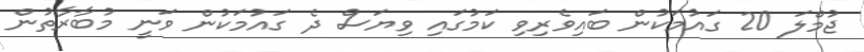
ޖުމްލަ 20 ގައުމަކުން ބައިވެރިވި ކަމުގައި ވިޔަސް ދެ ގައުމަކުން ވަނީ މުބާރާތުން